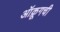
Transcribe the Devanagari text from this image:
ऑक्रूगची